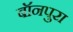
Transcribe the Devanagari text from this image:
बॉनपुरा